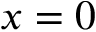
x = 0